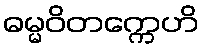
ဓမ္မဝိတက္ကေဟိ